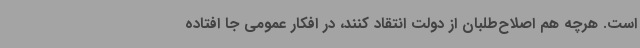
است. هرچه هم اصلاح‌طلبان از دولت انتقاد کنند، در افکار عمومی جا افتاده